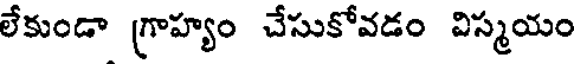
లేకుండా గ్రాహ్యం చేసుకోవడం విస్మయం